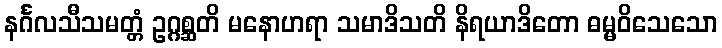
နင်္ဂလသီသမတ္တံ ဥဂ္ဂစ္ဆတိ မနောဟရာ သမာဒိသတိ နိရယာဒိတော ဓမ္မဝိသေသော